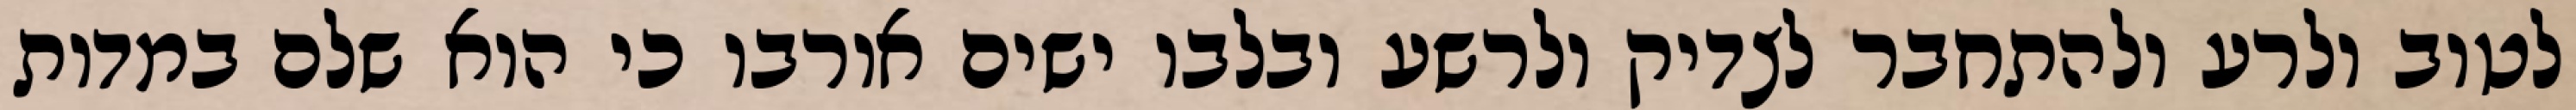
לטוב ולרע ולהתחבר לצדיק ולרשע ובלבו ישים אורבו כי הוא שלם במדות